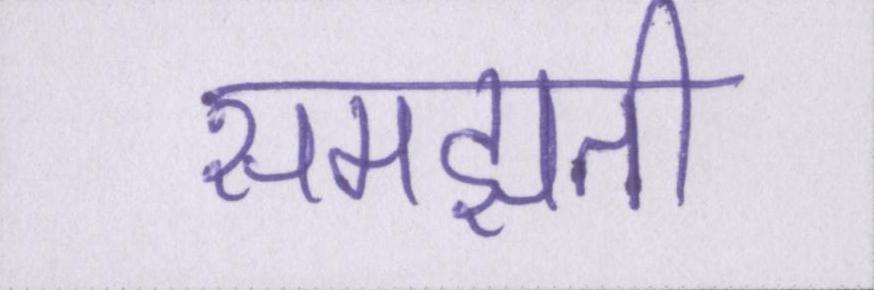
समझती